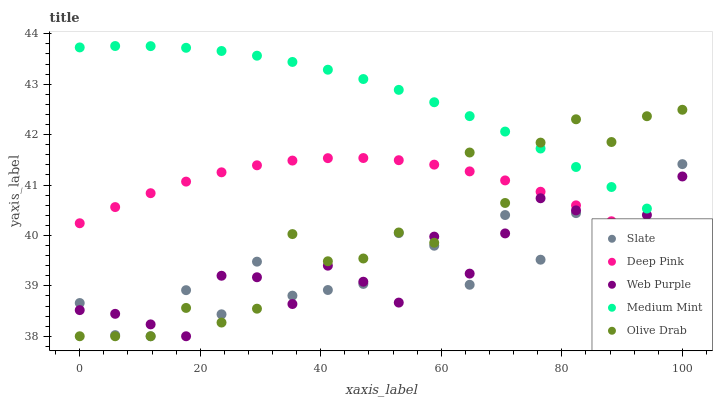
| xaxis_label | Slate | Deep Pink | Web Purple | Medium Mint | Olive Drab |
 | --- | --- | --- | --- | --- | --- |
 | 0 | 38.7 | 40.2 | 38.5 | 43.7 | 38 |
 | 5.88 | 38 | 40.6 | 38.4 | 43.8 | 38 |
 | 11.8 | 38 | 40.8 | 38.2 | 43.8 | 38 |
 | 17.6 | 38.9 | 41.1 | 38 | 43.7 | 38.6 |
 | 23.5 | 38.4 | 41.3 | 39.2 | 43.7 | 38.3 |
 | 29.4 | 39.5 | 41.4 | 39.2 | 43.6 | 38.5 |
 | 35.3 | 38.8 | 41.5 | 38.6 | 43.4 | 40 |
 | 41.2 | 38.9 | 41.5 | 39.4 | 43.3 | 39.5 |
 | 47.1 | 39 | 41.5 | 39.1 | 43.1 | 39.5 |
 | 52.9 | 40 | 41.5 | 38.7 | 42.9 | 40.1 |
 | 58.8 | 39.8 | 41.4 | 40 | 42.6 | 39.9 |
 | 64.7 | 39 | 41.3 | 39.2 | 42.4 | 41.6 |
 | 70.6 | 40.4 | 41.1 | 40 | 42.1 | 40.6 |
 | 76.5 | 39.5 | 40.9 | 40.7 | 41.7 | 41.8 |
 | 82.4 | 40.4 | 40.6 | 40.5 | 41.4 | 42.3 |
 | 88.2 | 39.9 | 40.3 | 40.2 | 41 | 41.9 |
 | 94.1 | 39.9 | 39.9 | 40.4 | 40.5 | 42.4 |
 | 100 | 41.4 | 39.5 | 41.2 | 40.1 | 42.5 |